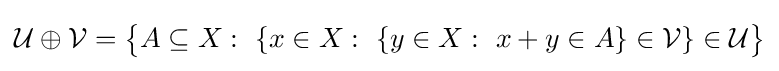
{\mathcal {U}}\oplus {\mathcal {V}}={\big \{}A\subseteq X:\ \{x\in X:\ \{y\in X:\ x+y\in A\}\in {\mathcal {V}}\}\in {\mathcal {U}}{\big \}}